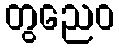
တွညေဝ